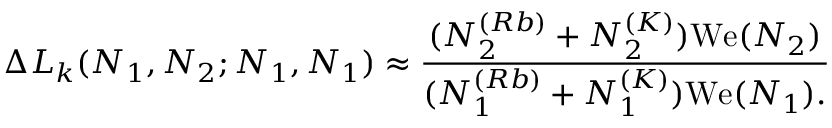
\Delta L _ { k } ( N _ { 1 } , N _ { 2 } ; N _ { 1 } , N _ { 1 } ) \approx \frac { ( N _ { 2 } ^ { ( R b ) } + N _ { 2 } ^ { ( K ) } ) { \mathrm { W e } } ( N _ { 2 } ) } { ( N _ { 1 } ^ { ( R b ) } + N _ { 1 } ^ { ( K ) } ) { \mathrm { W e } ( N _ { 1 } ) } . }